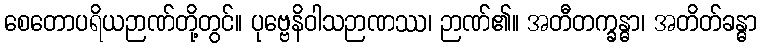
စေတောပရိယဉာဏ်တို့တွင်။ ပုဗ္ဗေနိဝါသဉာဏဿ၊ ဉာဏ်၏။ အတီတက္ခန္ဓာ၊ အတိတ်ခန္ဓာ